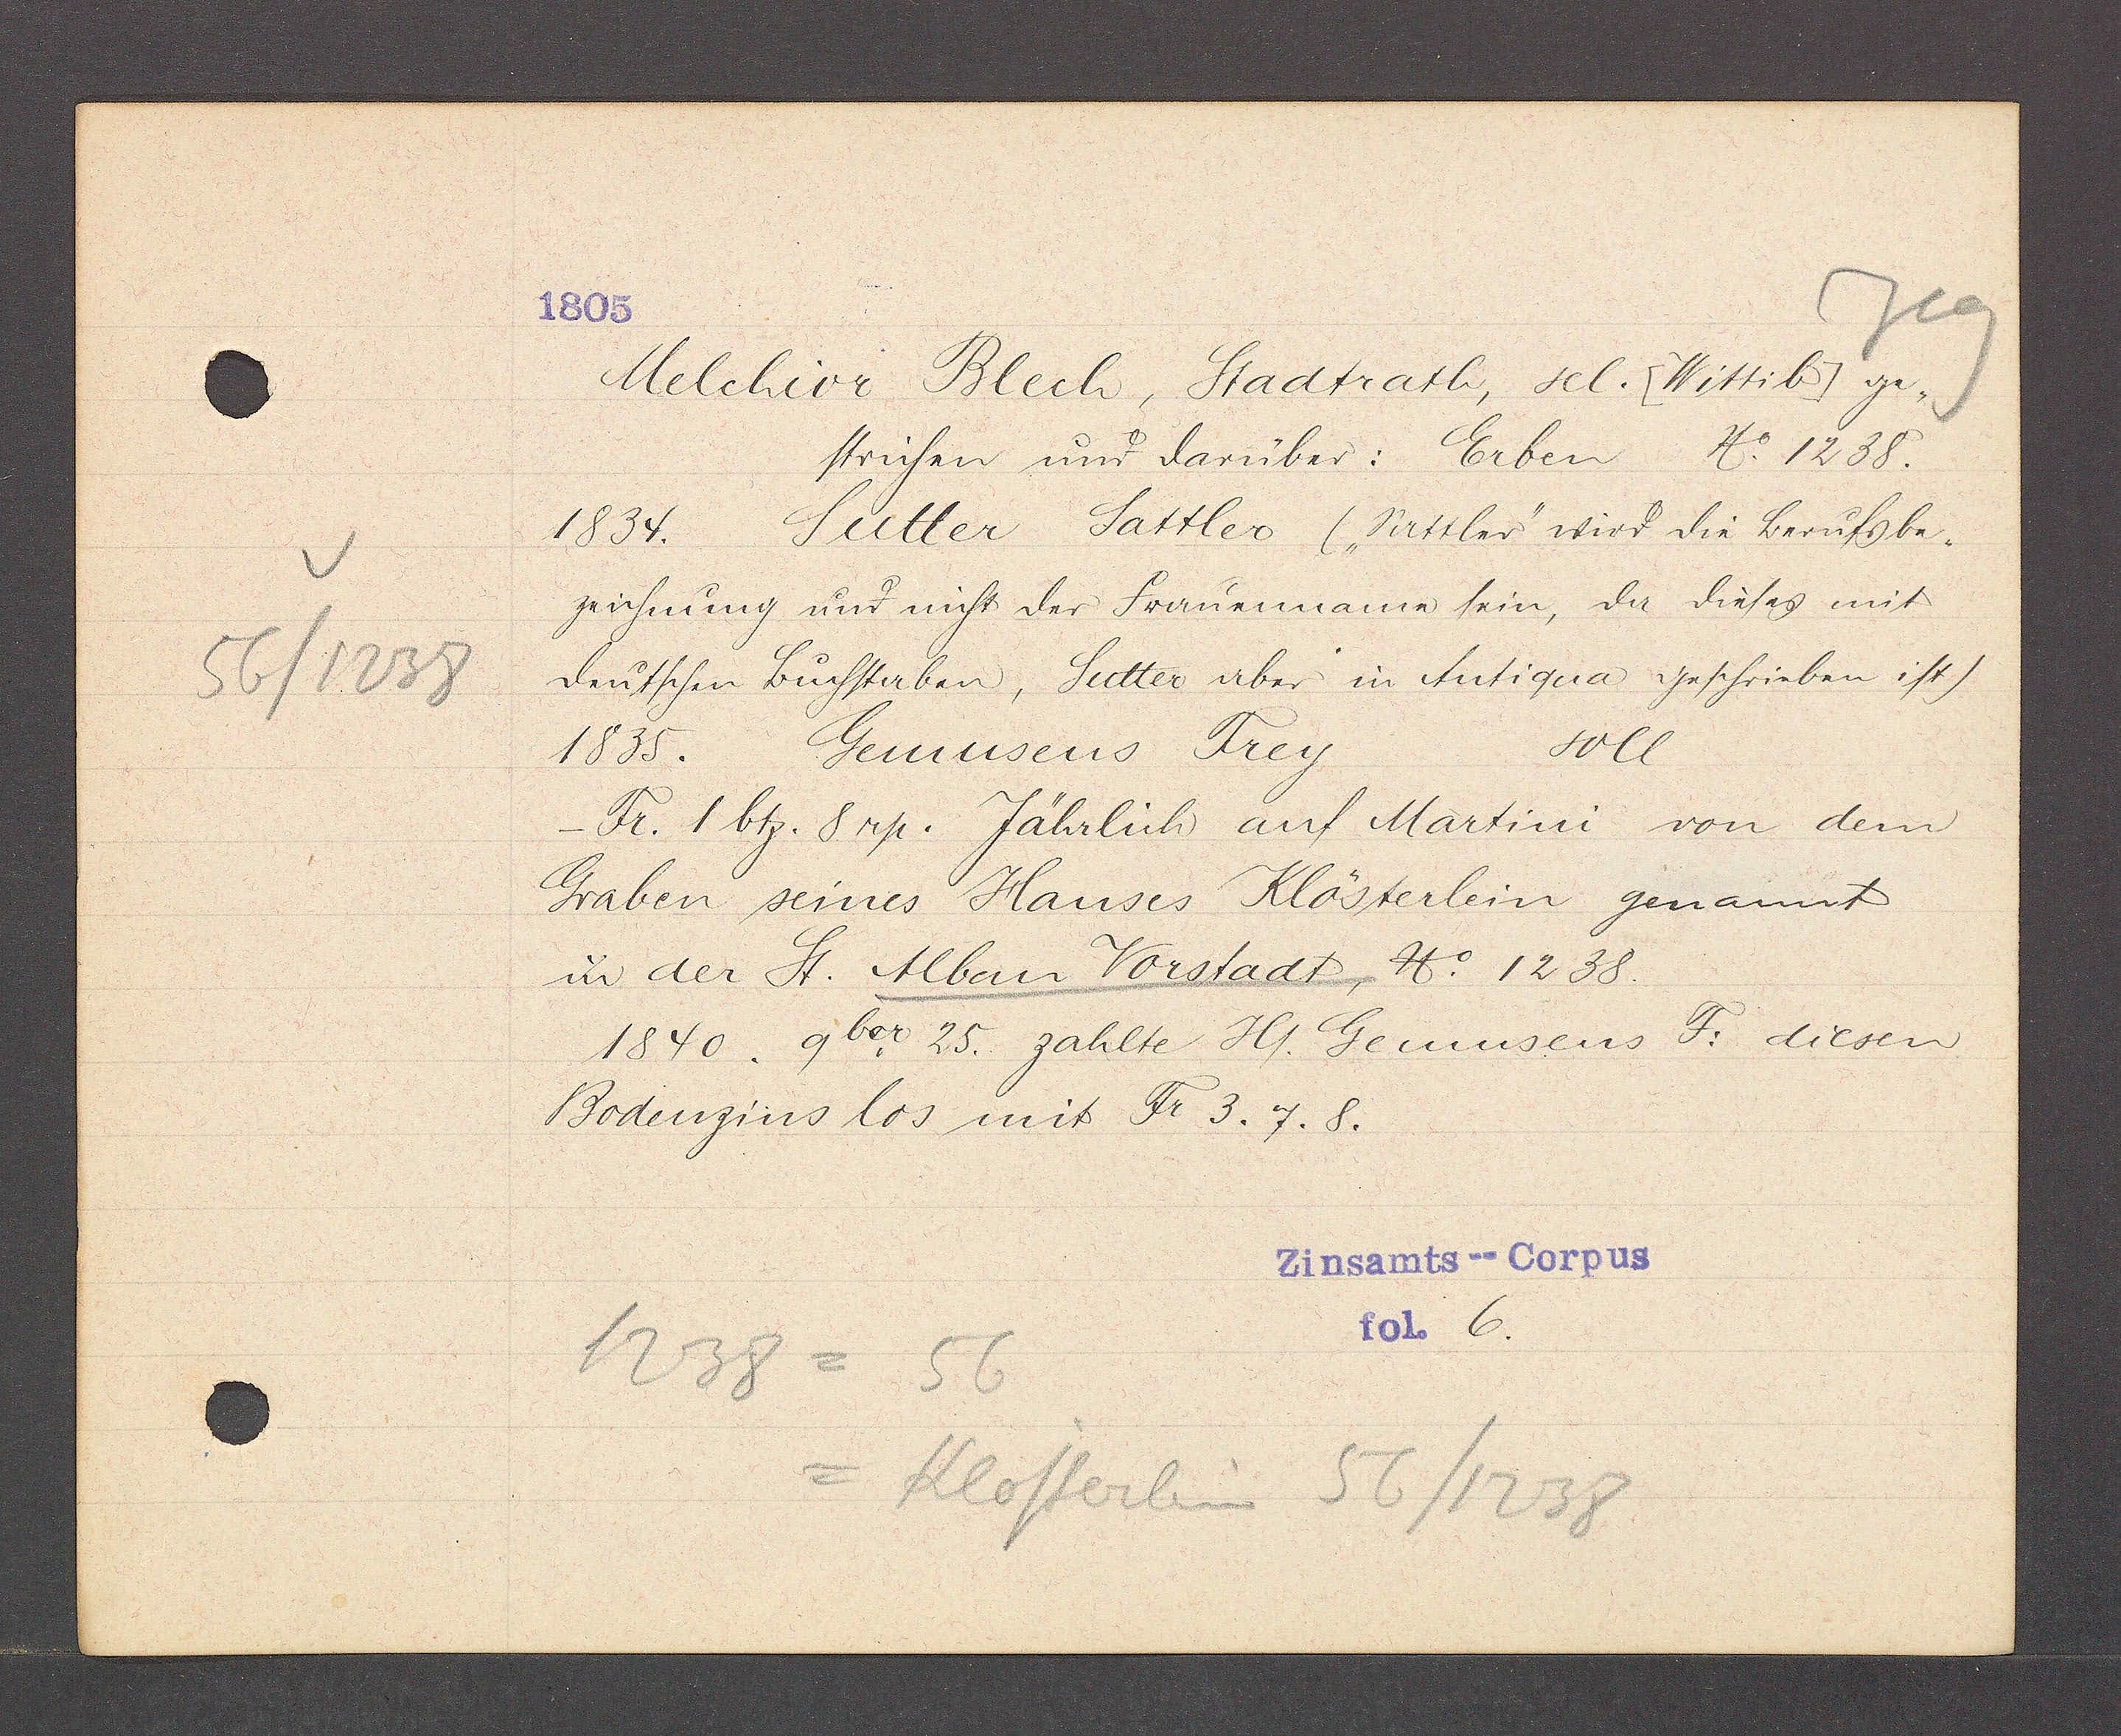
Transcript:
56/1238

1805.

Melchior Blech, Stadtrath, sel. [Wittib] ge-
strichen und darüber: Erben No. 1238.
Sutter Sattler ("sattler" wird die berufsbe-
1834.
zeichnung und nicht der Frauenname sein, da dieses mit
deutschen Buchstaben, Sutter aber in Antiqua geschrieben ist)
soll
1835.
Gemusens Frey
Fr. 1 btz. 8rp. Jährlich auf Martini von dem
Graben seines Hauses Klösterlein genannt
in der St. Alban Vorstadt, No 1238.
1840. q ber 25. zahlte Hs. Gemusens F. diesen
Bodenzins los mit Fr 3. 7. 8.

Zinsamts--Corpus
fol. 6.

1238
56
= Klosterlein 56/1238